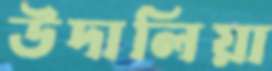
উদালিয়া